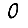
Digit: 0